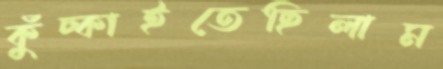
কুঁচ্‌কাইতেছিলাম